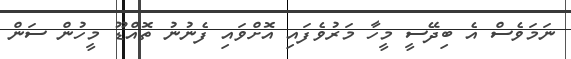
ނަމަވެސް އެ ބިދޭސީ މީހާ މަރުވެފައި އޮށްވައި ފެނުނު ތޮއްޑޫ މީހުން ސަން